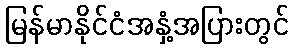
မြန်မာနိုင်ငံအနှံ့အပြားတွင်